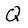
Character: Q